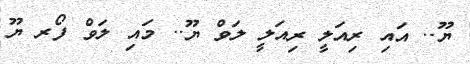
ޔޫ.. އައި ރިއަލީ ރިއަލީ ލަވް ޔޫ.. މައި ލަވް ފޯރ ޔޫ